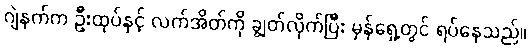
ဂျဲနက်က ဦးထုပ်နှင့် လက်အိတ်ကို ချွတ်လိုက်ပြီး မှန်ရှေ့တွင် ရပ်နေသည်။